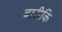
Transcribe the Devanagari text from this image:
बारीकि